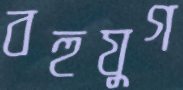
বহুযুগ